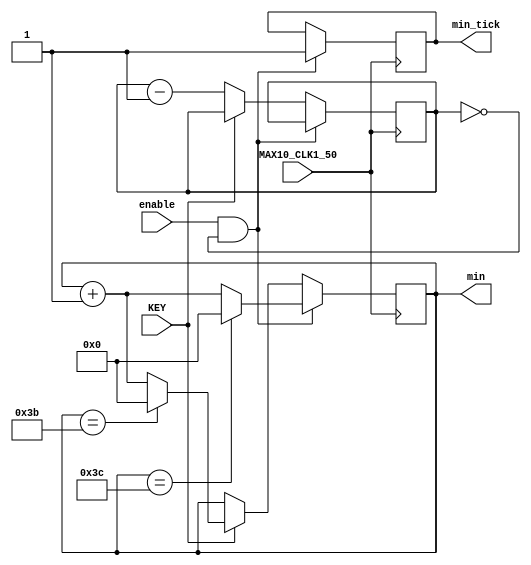
module min_counter(MAX10_CLK1_50,KEY,enable,min_tick,min);

input KEY;
input MAX10_CLK1_50;
input enable;

output min_tick;
output [15:0]min;
reg [15:0] N;
reg [15:0] min;
reg min_tick;
initial N=16'd59;




always @(posedge MAX10_CLK1_50) begin
if (enable==1 & N==0) begin
    if(min==16'd60) begin
		min= 16'b0;
		min_tick <=1'b1; end
		else begin
     min_tick <=1'b1;
     min <=min+16'd1; 
	  end
end

else if(KEY==1'b1) begin
	if(min==16'd59) 
		min <= 16'b0; 
		else 
   min <= min +16'b1; 
	end
	
else
 N <=N-1'b1; 
 end
 endmodule